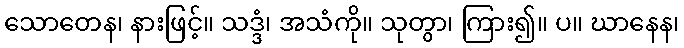
သောတေန၊ နားဖြင့်။ သဒ္ဒံ၊ အသံကို။ သုတွာ၊ ကြား၍။ ပ။ ဃာနေန၊